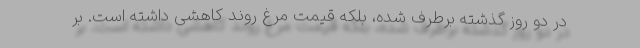
در دو روز گذشته برطرف شده، بلکه قیمت مرغ روند کاهشی داشته است. بر